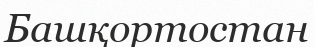
Башқортостан